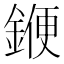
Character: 𨩫